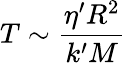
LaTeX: T\sim\frac{\eta^{\prime}R^{2}}{k^{\prime}M}